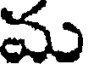
ము